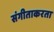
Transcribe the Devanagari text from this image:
संगीताकरता